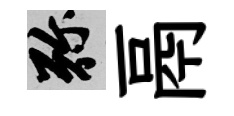
弥鬲